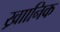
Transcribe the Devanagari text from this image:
ख्राानिक